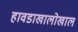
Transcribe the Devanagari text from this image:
हावडाखालोखाल